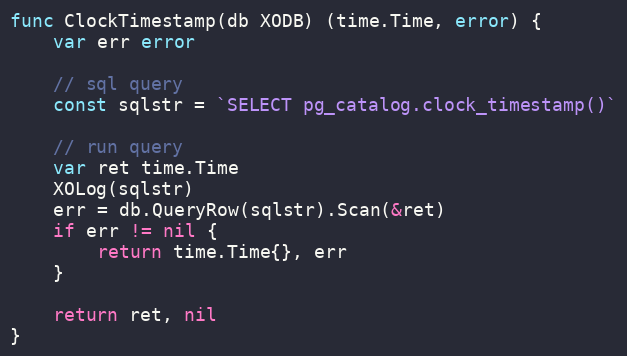
Language: Go
func ClockTimestamp(db XODB) (time.Time, error) {
	var err error

	// sql query
	const sqlstr = `SELECT pg_catalog.clock_timestamp()`

	// run query
	var ret time.Time
	XOLog(sqlstr)
	err = db.QueryRow(sqlstr).Scan(&ret)
	if err != nil {
		return time.Time{}, err
	}

	return ret, nil
}